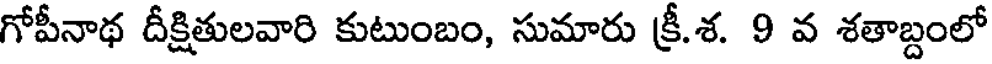
గోపీనాథ దీక్షితులవారి కుటుంబం, సుమారు క్రీ.శ. 9 వ శతాబ్దంలో